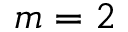
m = 2